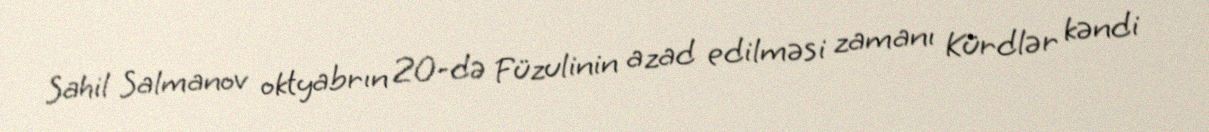
Sahil Salmanov oktyabrın 20-də Füzulinin azad edilməsi zamanı Kürdlər kəndi